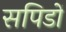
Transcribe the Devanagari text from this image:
सपिडों